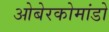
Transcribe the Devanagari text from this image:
ओबेरकोमांडो